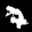
Label: 7